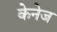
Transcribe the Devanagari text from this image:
केनेज